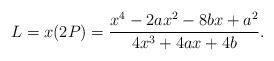
LaTeX: \begin{align*}L = x(2P) = \frac{x^4-2ax^2-8bx+a^2}{4x^3+4ax+4b}.\end{align*}